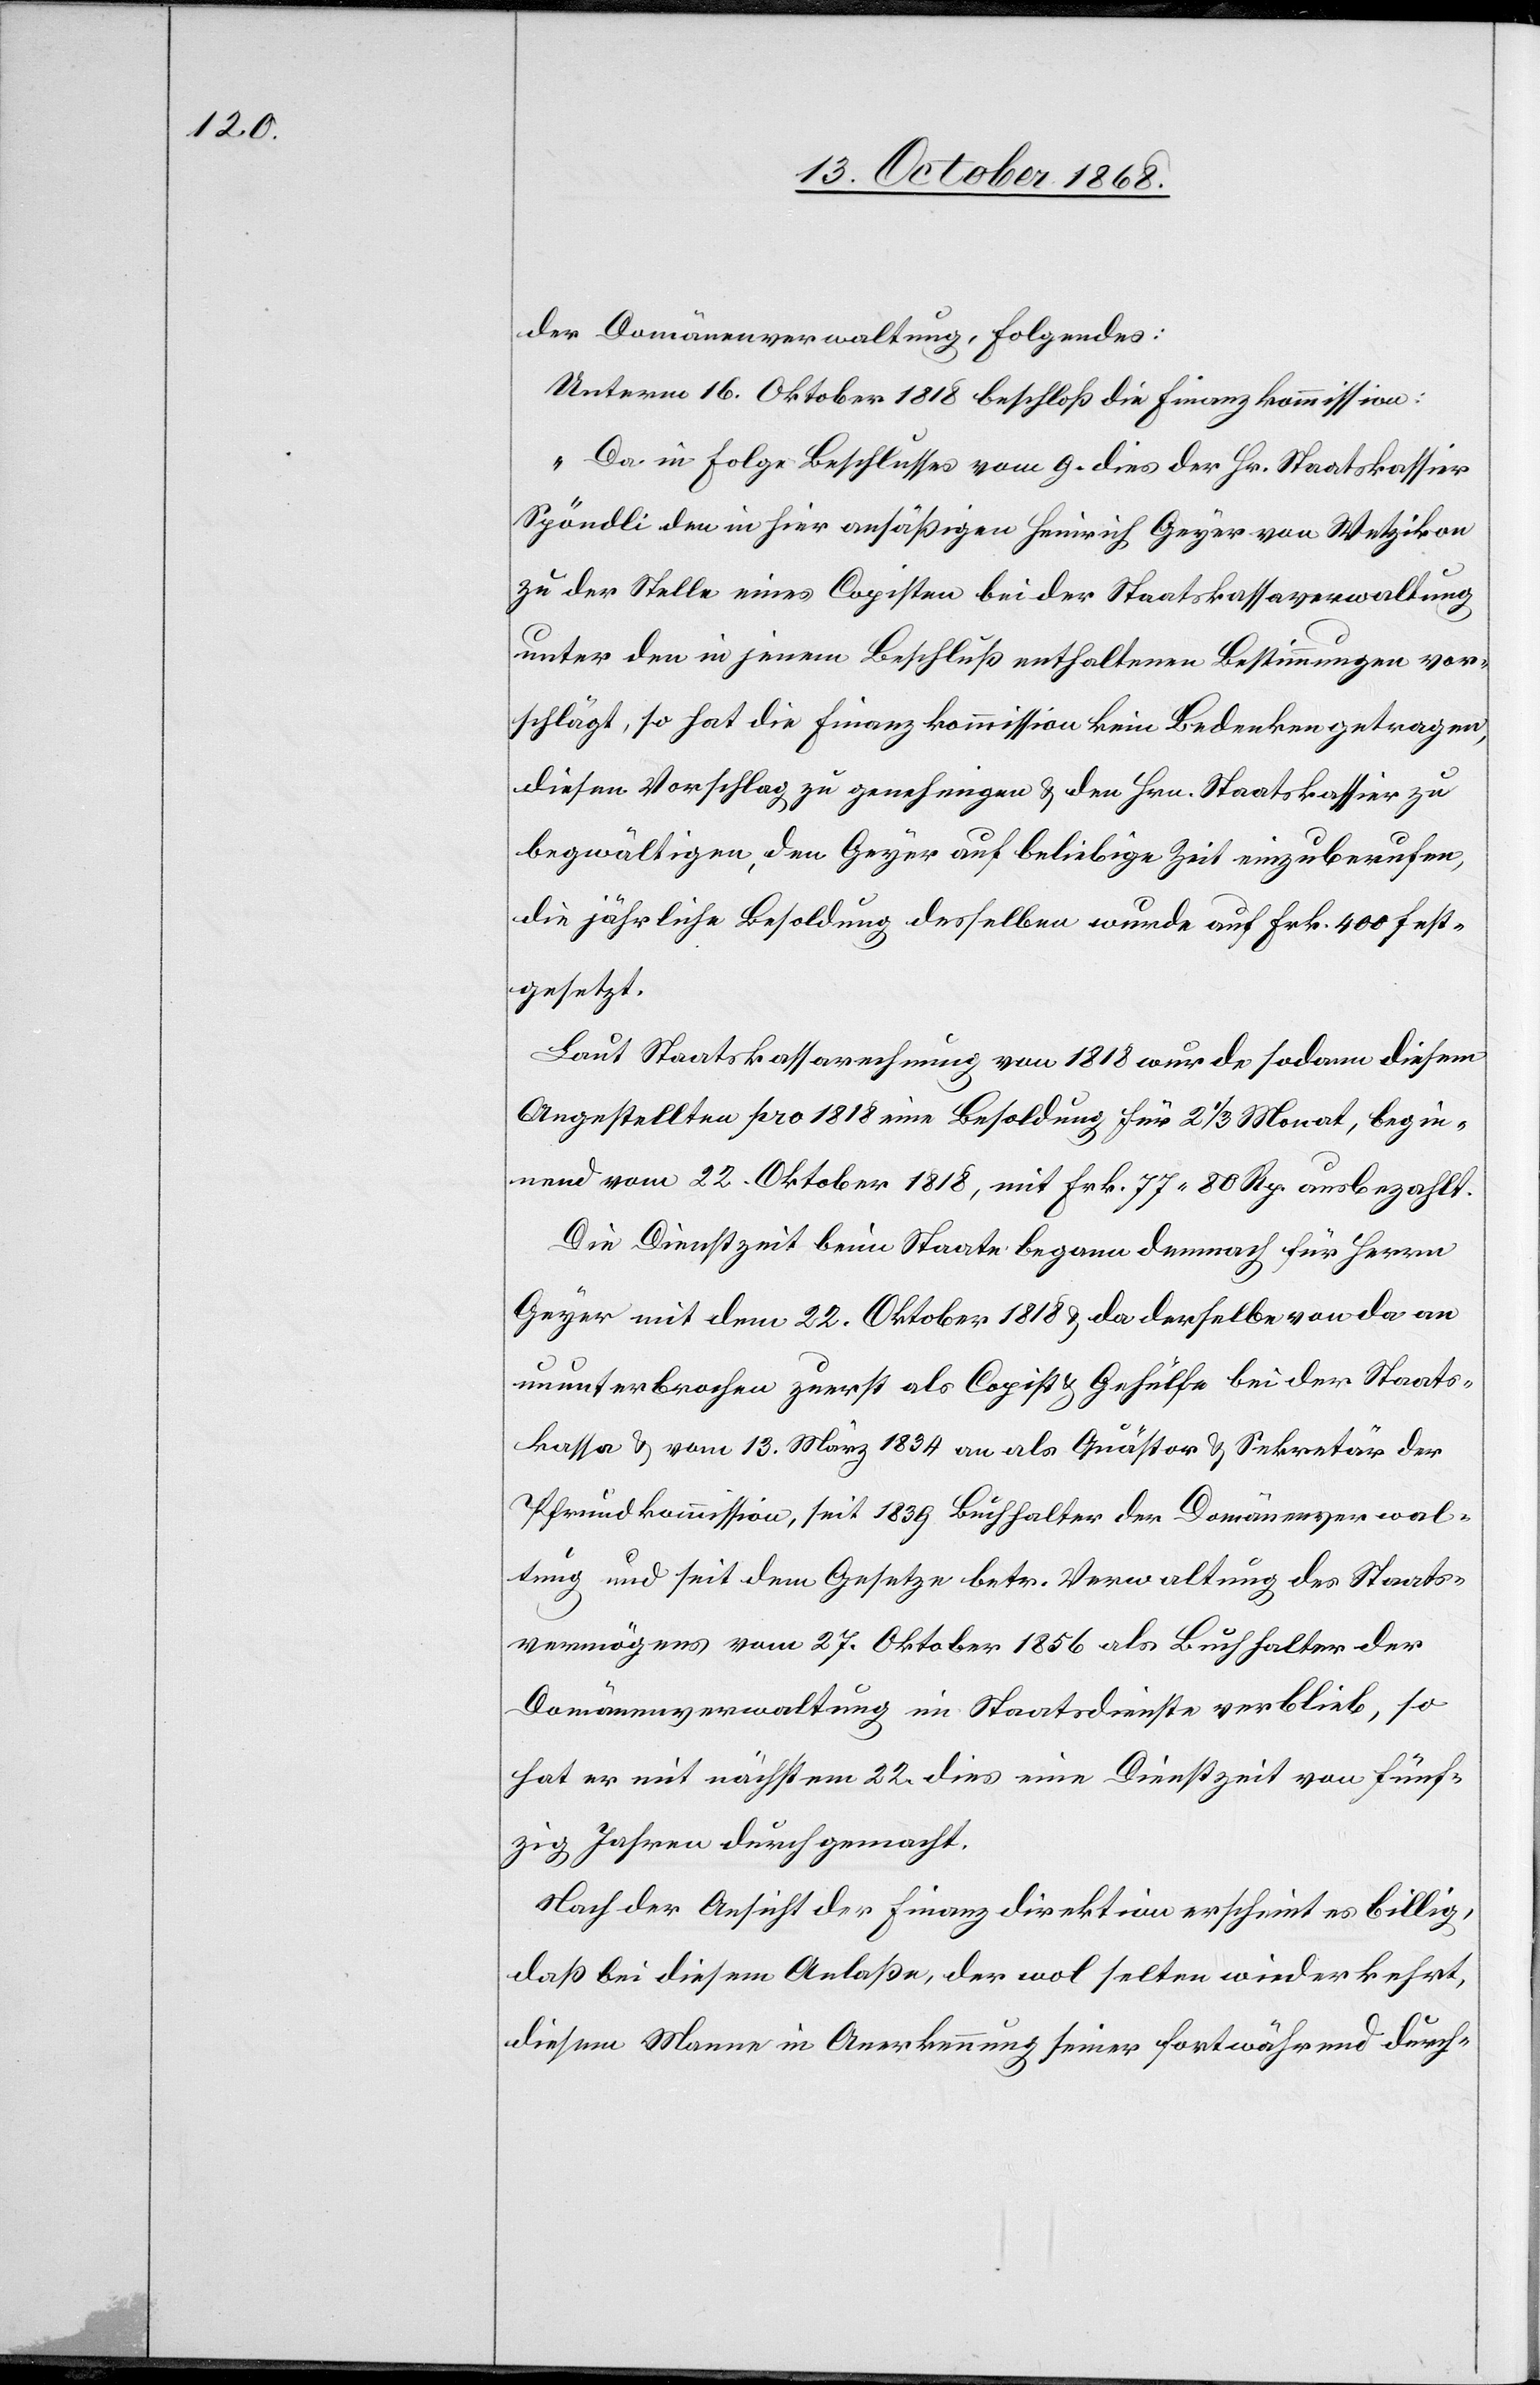
der Domänenverwaltung, Folgendes:
Unterm 16. Oktober 1818 beschloß die Finanzkommission:
„Da in Folge Beschlusses vom 9. dies der Hr. Staatskassier
Spöndli den in hier ansäßigen Heinrich Geyer von Wetzikon
zu der Stelle eines Copisten bei der Staatskassaverwaltung
unter den in jenem Beschluß enthaltenen Bestimmungen vor¬
schlägt, so hat die Finanzkommission kein Bedenken getragen,
diesen Vorschlag zu genehmigen & den Hrn. Staatskassier zu
begwältigen, den Geyer auf beliebige Zeit einzuberufen,
die jährliche Besoldung desselben wurde auf Frk. 400 fest¬
gesetzt.[“]
Laut Staatskassarechnung von 1818 wurde sodann diesem
Angestellten pro 1818 eine Besoldung für 2 1/3 Monat, begin¬
nend vom 22. Oktober 1818, mit Frk. 77 80 Rp. ausbezahlt.
Die Dienstzeit beim Staate begann demnach für Herrn
Geyer mit dem 22. Oktober 1818 & da derselbe von da an
ununterbrochen zuerst als Copist & Gehülfe bei der Staats¬
kassa & vom 13. März 1834 an als Quästor & Sekretär der
Pfrundkommission, seit 1839 Buchhalter der Domänenverwal¬
tung und seit dem Gesetze betr. Verwaltung des Staats¬
vermögens vom 27. Oktober 1856 als Buchhalter der
Domänenverwaltung im Staatsdienste verblieb, so
hat er mit nächstem 22. dies eine Dienstzeit von fünf¬
zig Jahren durchgemacht.
Nach der Ansicht der Finanzdirektion erscheint es billig,
daß bei diesem Anlaße, der wol selten wiederkehrt,
diesem Manne in Anerkennung seiner fortwährend durch-